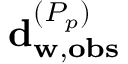
\mathbf { d } _ { \mathbf { w } , \mathbf { o b s } } ^ { ( P _ { p } ) }